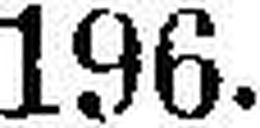
196.—